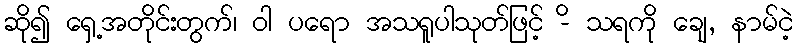
ဆို၍ ရှေ့အတိုင်းတွက်၊ ဝါ ပရော အသရူပါသုတ်ဖြင့် -ိ သရကို ချေ, နာမ်ငဲ့